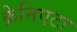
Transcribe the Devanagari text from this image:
क्रेनिएटा